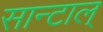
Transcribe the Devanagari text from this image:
सान्टाल्